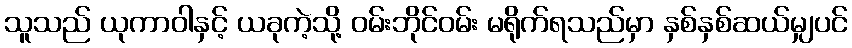
သူသည် ယုကာဝါနှင့် ယခုကဲ့သို့ ဝမ်းဘိုင်ဝမ်း မရိုက်ရသည်မှာ နှစ်နှစ်ဆယ်မျှပင်